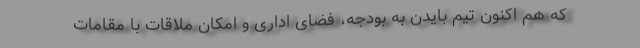
که هم اکنون تیم بایدن به بودجه، فضای اداری و امکان ملاقات با مقامات